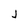
Character: J